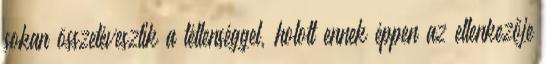
sokan összetévesztik a tétlenséggel, holott ennek éppen az ellenkezője